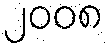
၂၀၀၈